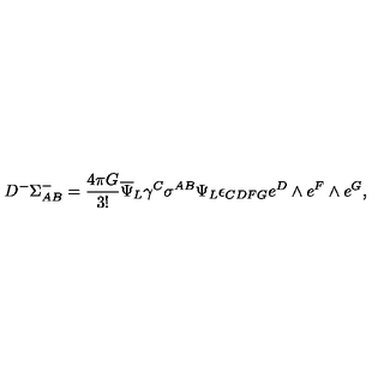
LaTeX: D ^ { - } \Sigma _ { A B } ^ { - } = { \frac { 4 \pi G } { 3 ! } } { \overline { \Psi } } _ { L } \gamma ^ { C } \sigma ^ { A B } \Psi _ { L } \epsilon _ { C D F G } e ^ { D } \wedge e ^ { F } \wedge e ^ { G } ,